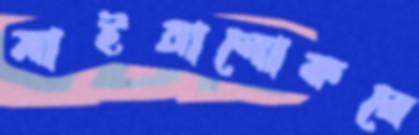
মাইয়ালোকরে